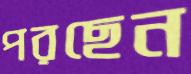
পরছেন